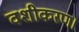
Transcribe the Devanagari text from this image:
वशीकरण।